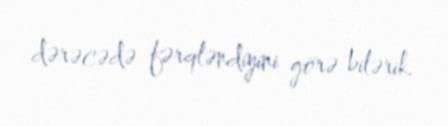
dərəcədə fərqləndiyini görə bilərik.